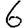
Digit: 6